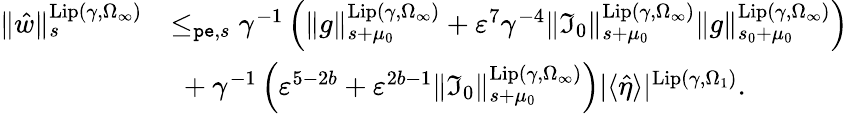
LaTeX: \begin{array}{rl}{\rVert\hat{w}\rVert_{s}^{\mathrm{Lip}(\gamma,\Omega_{\infty})}}&{\le_{\mathtt{pe},s}\gamma^{-1}\left(\rVert g\rVert_{s+\mu_{0}}^{\mathrm{Lip}(\gamma,\Omega_{\infty})}+\varepsilon^{7}\gamma^{-4}\rVert\mathfrak{I}_{0}\rVert_{s+\mu_{0}}^{\mathrm{Lip}(\gamma,\Omega_{\infty})}\rVert g\rVert_{s_{0}+\mu_{0}}^{\mathrm{Lip}(\gamma,\Omega_{\infty})}\right)}\\ &{\ +\gamma^{-1}\left(\varepsilon^{5-2b}+\varepsilon^{2b-1}\rVert\mathfrak{I}_{0}\rVert_{s+\mu_{0}}^{\mathrm{Lip}(\gamma,\Omega_{\infty})}\right)|\langle\hat{\eta}\rangle|^{\mathrm{Lip}(\gamma,\Omega_{1})}.}\end{array}